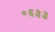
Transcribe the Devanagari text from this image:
०६३३